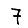
Digit: 7